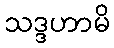
သဒ္ဒဟာမိ